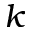
k